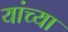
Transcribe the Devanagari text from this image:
यांंच्या